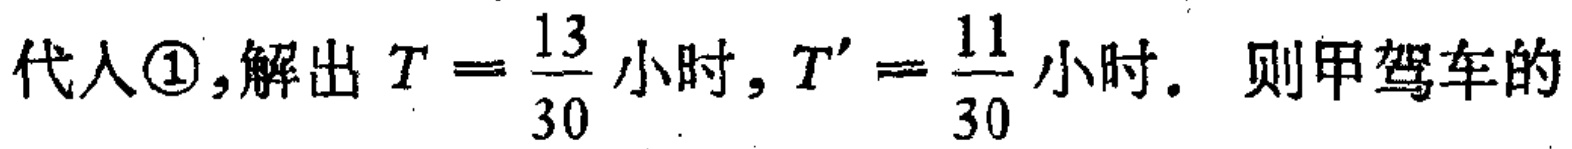
代入\textcircled{1},解出 \(T = \frac{13}{30}\) 小时, \(T' = \frac{11}{30}\) 小时. 则甲驾车的